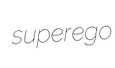
superego